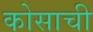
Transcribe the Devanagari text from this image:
कोसाची